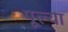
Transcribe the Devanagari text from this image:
पूल्या